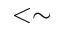
< \sim